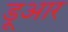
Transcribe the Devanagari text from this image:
डूआर